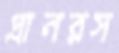
প্রানরস